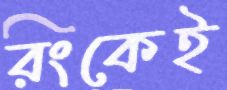
রংকেই